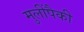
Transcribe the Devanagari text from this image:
मुलींपैकी